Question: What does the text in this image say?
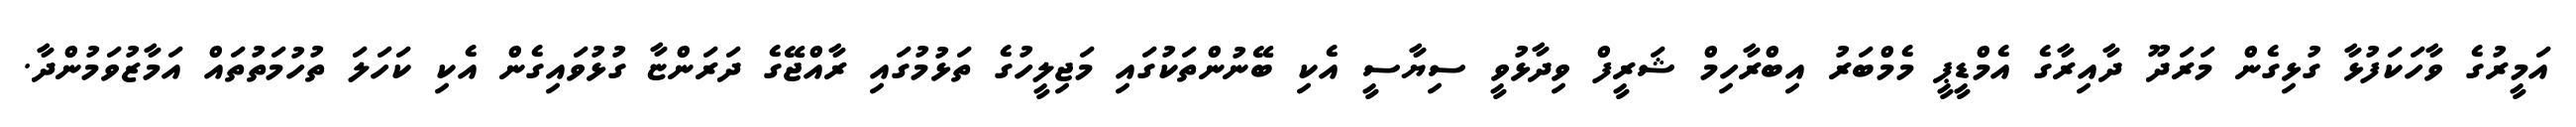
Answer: އަމީރުގެ ވާހަކަފުޅާ ގުޅިގެން މަރަދޫ ދާއިރާގެ އެމްޑީޕީ މެމްބަރު އިބްރާހިމް ޝަރީފް ވިދާޅުވީ ސިޔާސީ އެކި ބޭނުންތަކުގައި މަޖިލީހުގެ ތަޅުމުގައި ރާއްޖޭގެ ދަރަންޏާ ގުޅުވައިގެން އެކި ކަހަލަ ތުހުމަތުތައް އަމާޒުވަމުންދާ.